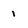
Character: 1